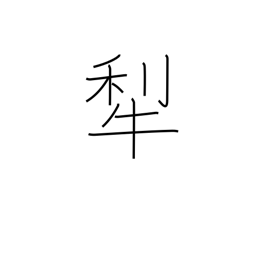
Meaning: plow